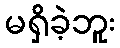
မရှိခဲ့ဘူး